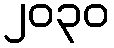
၂၀၃၀